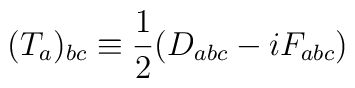
(T_a)_{bc} \equiv \frac{1}{2} (D_{abc} - i F_{abc})